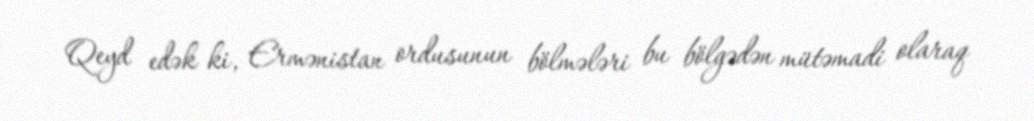
Qeyd edək ki, Ermənistan ordusunun bölmələri bu bölgədən mütəmadi olaraq